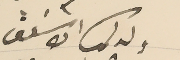
ولدكم الاسيف